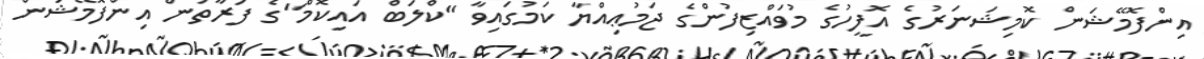
އިންފޮމޭޝަން ކޮމިޝަނަރުގެ އޮފީހުގެ މުވައްޒިފުންގެ ޖަމުޢިއްޔާ ކަމުގައިވާ "ކްލަބް އައިކޮމް"ގެ ފަރާތުން އިންފޮމޭޝަން